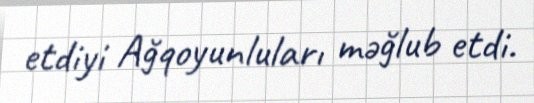
etdiyi Ağqoyunluları məğlub etdi.